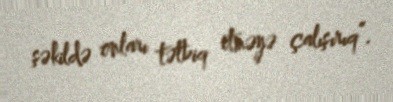
şəkildə onları tətbiq etməyə çalışırıq”.